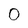
Character: 0